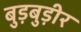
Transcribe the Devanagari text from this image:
बुड़बुड़ीर